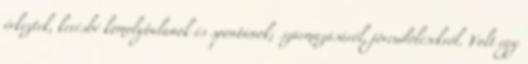
érkeztek, kevésbé komolytalanok és spontánok; származásáról, jövendölésekről. Volt egy